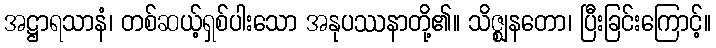
အဋ္ဌာရသာနံ၊ တစ်ဆယ့်ရှစ်ပါးသော အနုပဿနာတို့၏။ သိဇ္ဈနတော၊ ပြီးခြင်းကြောင့်။